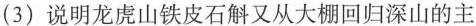
(3)说明龙虎山铁皮石斛又从大棚回归深山的主